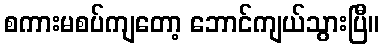
စကားမစပ်ကျတော့ ဘောင်ကျယ်သွားပြီ။